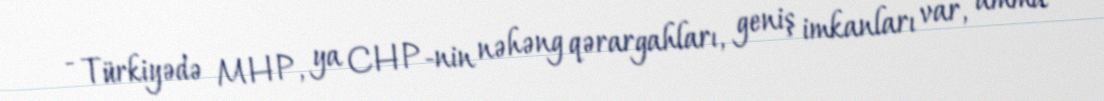
- Türkiyədə MHP, ya CHP-nin nəhəng qərargahları, geniş imkanları var, amma